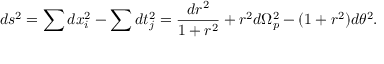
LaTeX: d s ^ { 2 } = \sum d x _ { i } ^ { 2 } - \sum d t _ { j } ^ { 2 } = \frac { d r ^ { 2 } } { 1 + r ^ { 2 } } + r ^ { 2 } d \Omega _ { p } ^ { 2 } - ( 1 + r ^ { 2 } ) d \theta ^ { 2 } .